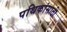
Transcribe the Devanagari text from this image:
पथिकांसाठी